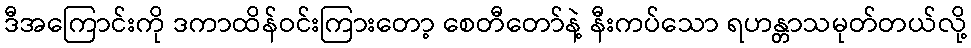
ဒီအကြောင်းကို ဒကာထိန်ဝင်းကြားတော့ စေတီတော်နဲ့ နီးကပ်သော ရဟန္တာသမုတ်တယ်လို့